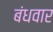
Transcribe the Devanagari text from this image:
बंधवार